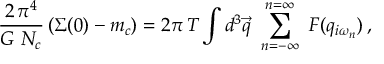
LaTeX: \frac { 2 \, \pi ^ { 4 } } { G \ N _ { c } } \left( \Sigma ( 0 ) - m _ { c } \right) = 2 \pi \, T \int d ^ { 3 } \vec { q } \ \sum _ { n = - \infty } ^ { n = \infty } \ { \cal F } ( q _ { i \omega _ { n } } ) \, ,